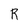
Character: R